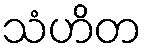
သံဟိတ